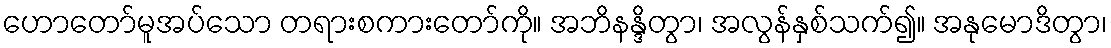
ဟောတော်မူအပ်သော တရားစကားတော်ကို။ အဘိနန္ဒိတွာ၊ အလွန်နှစ်သက်၍။ အနုမောဒိတွာ၊